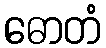
ဓောတံ